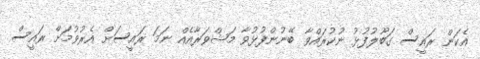
އެކަން ރައީސް ގަބޫލުފުޅު ނުކުރައްވާ ބޭނުންފުުޅުވާ މަޝްވަރާއެއް ނަމަ ރައީސަށް އެރުވުމަށް ރައީސް